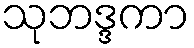
သုဘဒ္ဒကာ